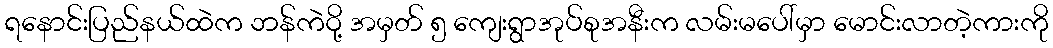
ရနောင်းပြည်နယ်ထဲက ဘန်ကဲဝို့ အမှတ် ၅ ကျေးရွာအုပ်စုအနီးက လမ်းမပေါ်မှာ မောင်းလာတဲ့ကားကို